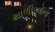
થાળીઓના